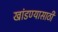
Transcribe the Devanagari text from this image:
खांडण्यासाठी